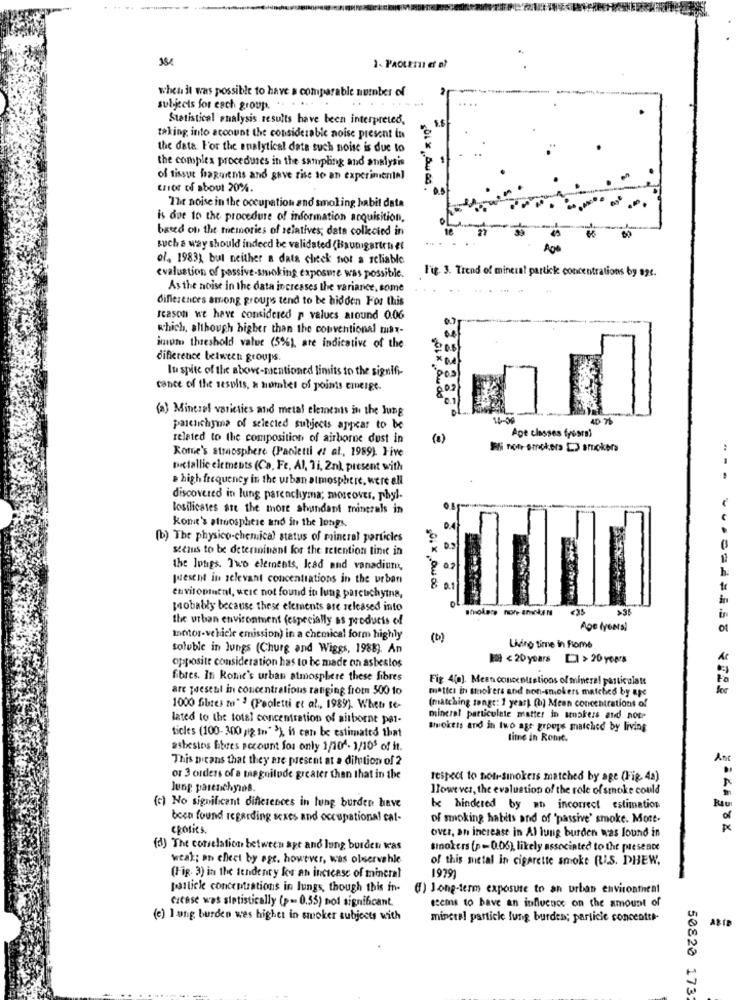
1- PaoLEI et n?
when it was possible to have a comparable number of
- ...
subjects for each group. .. . .
Statistical analysis results have been interpreted,
taking into account the considerable noise present in
the data For the analytical data such noise is due to
the complex procedures in the sampling and analysis
of tissue hagurents and gave rise to an experimental
trios of about 20%.
The noise in the occupation and smoking habit data
is due to the procedure of information acquisition,
based on the memories of selatives; data collected in
such a way should indeed be validated (Baumgarten et
of, 1983), but neither a data check not a reliable
Fig. 3. Trend of minciat partick concentrations by age.
evaluation of passive-smoking exposure was possible.
Asthe noise in the data increases the variance, some
differences among groups tend to be hidden For this
season we have considered p values around 0.06
which, although higher than the conventional tust-
imnot threshold value (5%), are indicative of the
difference between groups.
In spite of the above-mentioned linsits to the signifi-
cance of the results, a norates of points emerge.
(a) Mineral varieties and metal elements in the Jung
14-06
40 7
parenchyuna of selected subjects appear to be
related to the composition of airborne dust in
Age classes fresral
Rome's atmosphere (Paoletti et al ., 1989). Five
Ifi non smokers [3 smokers
Dectallie elements (Ca, Fe, Al, Ti, 2n), present with
e high frequency in the urban atmosphere, were all
discovered in lung parenchyma; moreover, phyl-
losilicates ate the thore abundant minerals in
komt's streosphere and in the longs.
(b) The physico-chemical status of mineral particles
seeius to be determinant for the retention tint in
the longs. Two elements, kad and vanadium,
02
h
present in relevant concentrations in the urban
01
environment, were not found in lung parcuchyina,
probably because these elements are released into
<33
the urban environment (especially as products of
Age (years)
of
Inotor-vehicle emission) in a chemical form highly
(b)
soluble in lungs (Churg and Wiggs, 1988). An
Lidino time in Flome
[ < 20years []> 20 years
opposite consideration has to be made on asbestos
fibres. In Rome's urban atmosphere these fibres
Fig 4(a). Mean concentrations of mineral particulate
are paeseal in concentrations ranging from 500 to
mattes in stokers and non-smokers matched by age
1000 fibres to" ? (Paoletti et al ., 1989). Whet te-
(matching tongt: 1 year) (b) Mean concentrations of
lated to the total concentration of airborne par-
mineral particulate matter in senokers and not
ticles (100-300 /2 in' 31, it can be estimated that
smokers and in two age groups matched by living
time in Ront.
asbestos fibres account for only 1/104- 1/10' of it.
This nicans that they are present at a dilution of 2
or 3 orders of a magnitude greater than that in the
respect to non-smokers matched by age (Fig. 4a)
Jung parenchyios.
Ilowe ves, the evaluation of the role of smoke could
(c) No significant differences in tung burden have
be hindered by an incorrect estimation
Rau
been found regarding sexes and occupational cat-
of moking habits and of "passive' smoke. More-
of
cpofits.
over, an increase in Al lung burden was found in
(d) The correlation between apt and lung burden was
smokers (p=0.06), likely associated to the presence
weak; an cheet by ogr. however, was observahle
of this metal in cigarette smoke (U.S. PHEW.
(Fig. 3) in the tendency for an incicase of mineral
19791
particle concentrations in lungs, though this in-
(1) Jong-term exposure to an urban environthent
Citase was sintistically (p=0.55) not significant.
esems to have an influence on the amount of
(e) I ung burden wes higher in smoker subjects with
minete! particle fung burden; particle concentth-
ABIE
50820 173